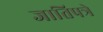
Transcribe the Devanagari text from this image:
जातिपत्रे